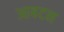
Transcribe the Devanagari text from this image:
आबटन